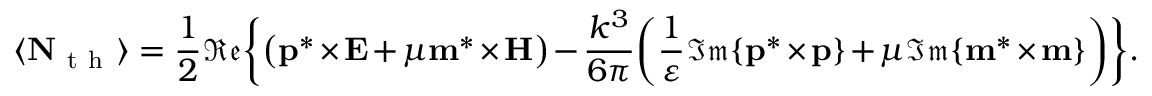
\langle \mathbf { N } _ { \mathrm { ~ t ~ h ~ } } \rangle = \frac { 1 } { 2 } \mathfrak { R e } \bigg \{ \big ( \mathbf { p } ^ { * } \times \mathbf { E } + \mu \mathbf { m } ^ { * } \times \mathbf { H } \big ) - \frac { k ^ { 3 } } { 6 \pi } \bigg ( \frac { 1 } { \varepsilon } \mathfrak { I m } \{ \mathbf { p } ^ { * } \times \mathbf { p } \} + \mu \mathfrak { I m } \{ \mathbf { m } ^ { * } \times \mathbf { m } \} \bigg ) \bigg \} .